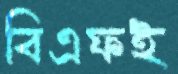
বিএফই